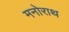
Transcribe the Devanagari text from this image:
मनोराथ